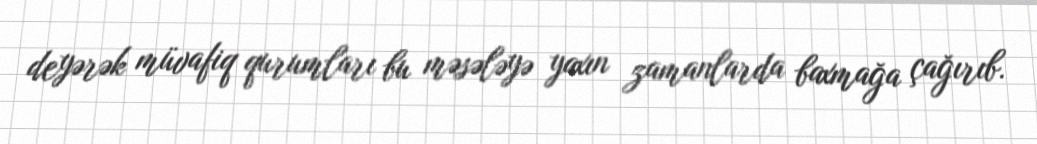
deyərək müvafiq qurumları bu məsələyə yaxın zamanlarda baxmağa çağırıb.